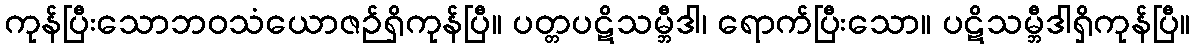
ကုန်ပြီးသောဘဝသံယောဇဉ်ရှိကုန်ပြီ။ ပတ္တပဋိသမ္ဘီဒါ၊ ရောက်ပြီးသော။ ပဋိသမ္ဘီဒါရှိကုန်ပြီ။